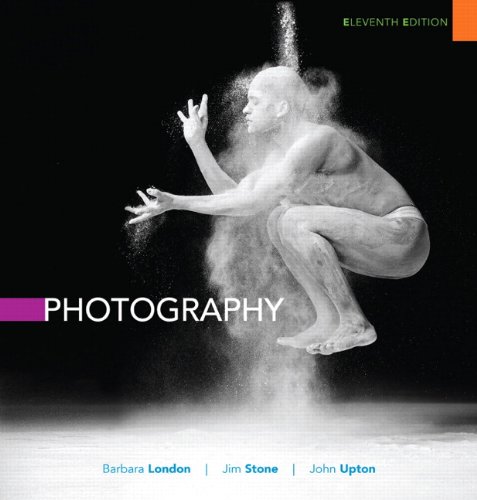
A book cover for Photography (11th Edition); Barbara London; Arts & Photography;